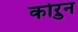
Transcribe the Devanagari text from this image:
कोऱुन